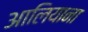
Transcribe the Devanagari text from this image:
आलियाना